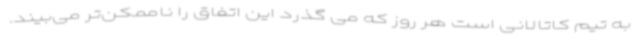
به تیم کاتالانی است هر روز که می گذرد این اتفاق را ناممکن‌تر می‌بیند.